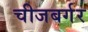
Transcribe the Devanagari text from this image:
चीजबर्गर